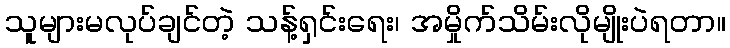
သူများမလုပ်ချင်တဲ့ သန့်ရှင်းရေး၊ အမှိုက်သိမ်းလိုမျိုးပဲရတာ။